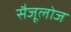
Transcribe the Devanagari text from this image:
सैजूलोज